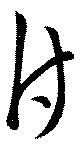
付